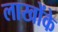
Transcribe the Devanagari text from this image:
लाखोंके